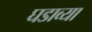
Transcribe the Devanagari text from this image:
घडाव्या